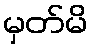
မှတ်မိ